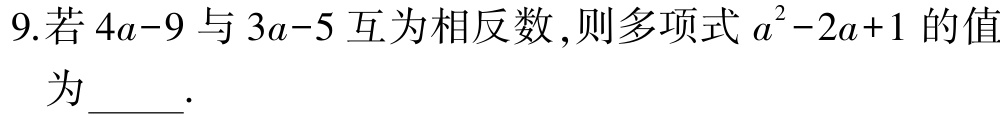
9.若\(4a - 9\)与\(3a - 5\)互为相反数,则多项式\(a^{2}-2a + 1\)的值为_____.